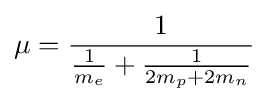
\mu ={\frac {1}{{\frac {1}{m_{e}}}+{\frac {1}{2m_{p}+2m_{n}}}}}